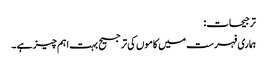
ترجیحات:
ہماری فہرست میں کاموں کی ترجیح بہت اہم چیز ہے ۔